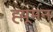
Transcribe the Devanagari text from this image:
ह्य़ूमन